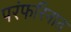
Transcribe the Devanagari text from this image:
परंफरिनात